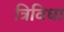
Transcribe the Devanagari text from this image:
त्रिविधा